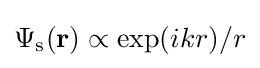
\Psi _{\text{s}}(\mathbf {r} )\propto \exp(ikr)/r